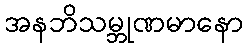
အနဘိသမ္ဘုဏမာနော